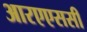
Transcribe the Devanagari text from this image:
आरएएससी